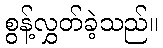
စွန့်လွှတ်ခဲ့သည်။